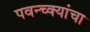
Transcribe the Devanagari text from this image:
पवन्च्क्यांचा